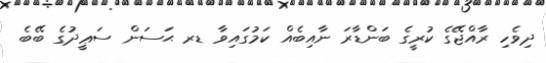
ދިވެހި ރާއްޖޭގެ ކުރީގެ ބަންޑާރަ ނާއިބެއް ކަމުގައިވާ ޑރ ޙަސަން ސަޢީދުގެ ބޭބެ